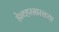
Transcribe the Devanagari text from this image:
डेन्व्हरसारख्या